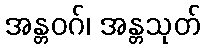
အန္တဝဂ်၊ အန္တသုတ်